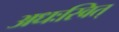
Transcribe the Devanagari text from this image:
अधःस्वित्